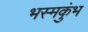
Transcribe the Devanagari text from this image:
भस्मकुंभ